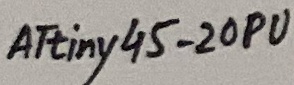
Text: ATtiny45-20PU